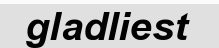
gladliest